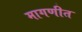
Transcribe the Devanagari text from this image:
मागणीत